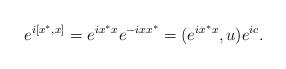
LaTeX: \begin{align*}e^{i[x^*,x]}=e^{ix^*x}e^{-ixx^*}=(e^{ix^*x},u)e^{ic}.\end{align*}